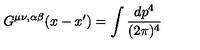
G ^ { \mu \nu , \alpha \beta } ( x - x ^ { \prime } ) = \int \frac { d p ^ { 4 } } { ( 2 \pi ) ^ { 4 } }